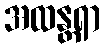
အထန္တရာ